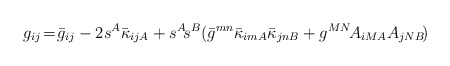
\begin{align*}g_{ij}\! =\! \bar{g}_{ij} -2s^{A}\bar{\kappa}_{ijA}+s^{A}\!s^{B}(\bar{g}^{mn}\bar{\kappa}_{imA}\bar{\kappa}_{jnB} + g^{MN}\! A_{iMA}A_{jNB}\!)\end{align*}